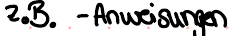
z.B. - Anweisungen